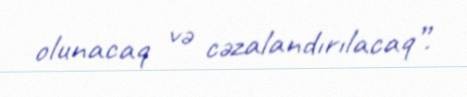
olunacaq və cəzalandırılacaq”.